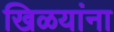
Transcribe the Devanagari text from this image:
खिळयांना